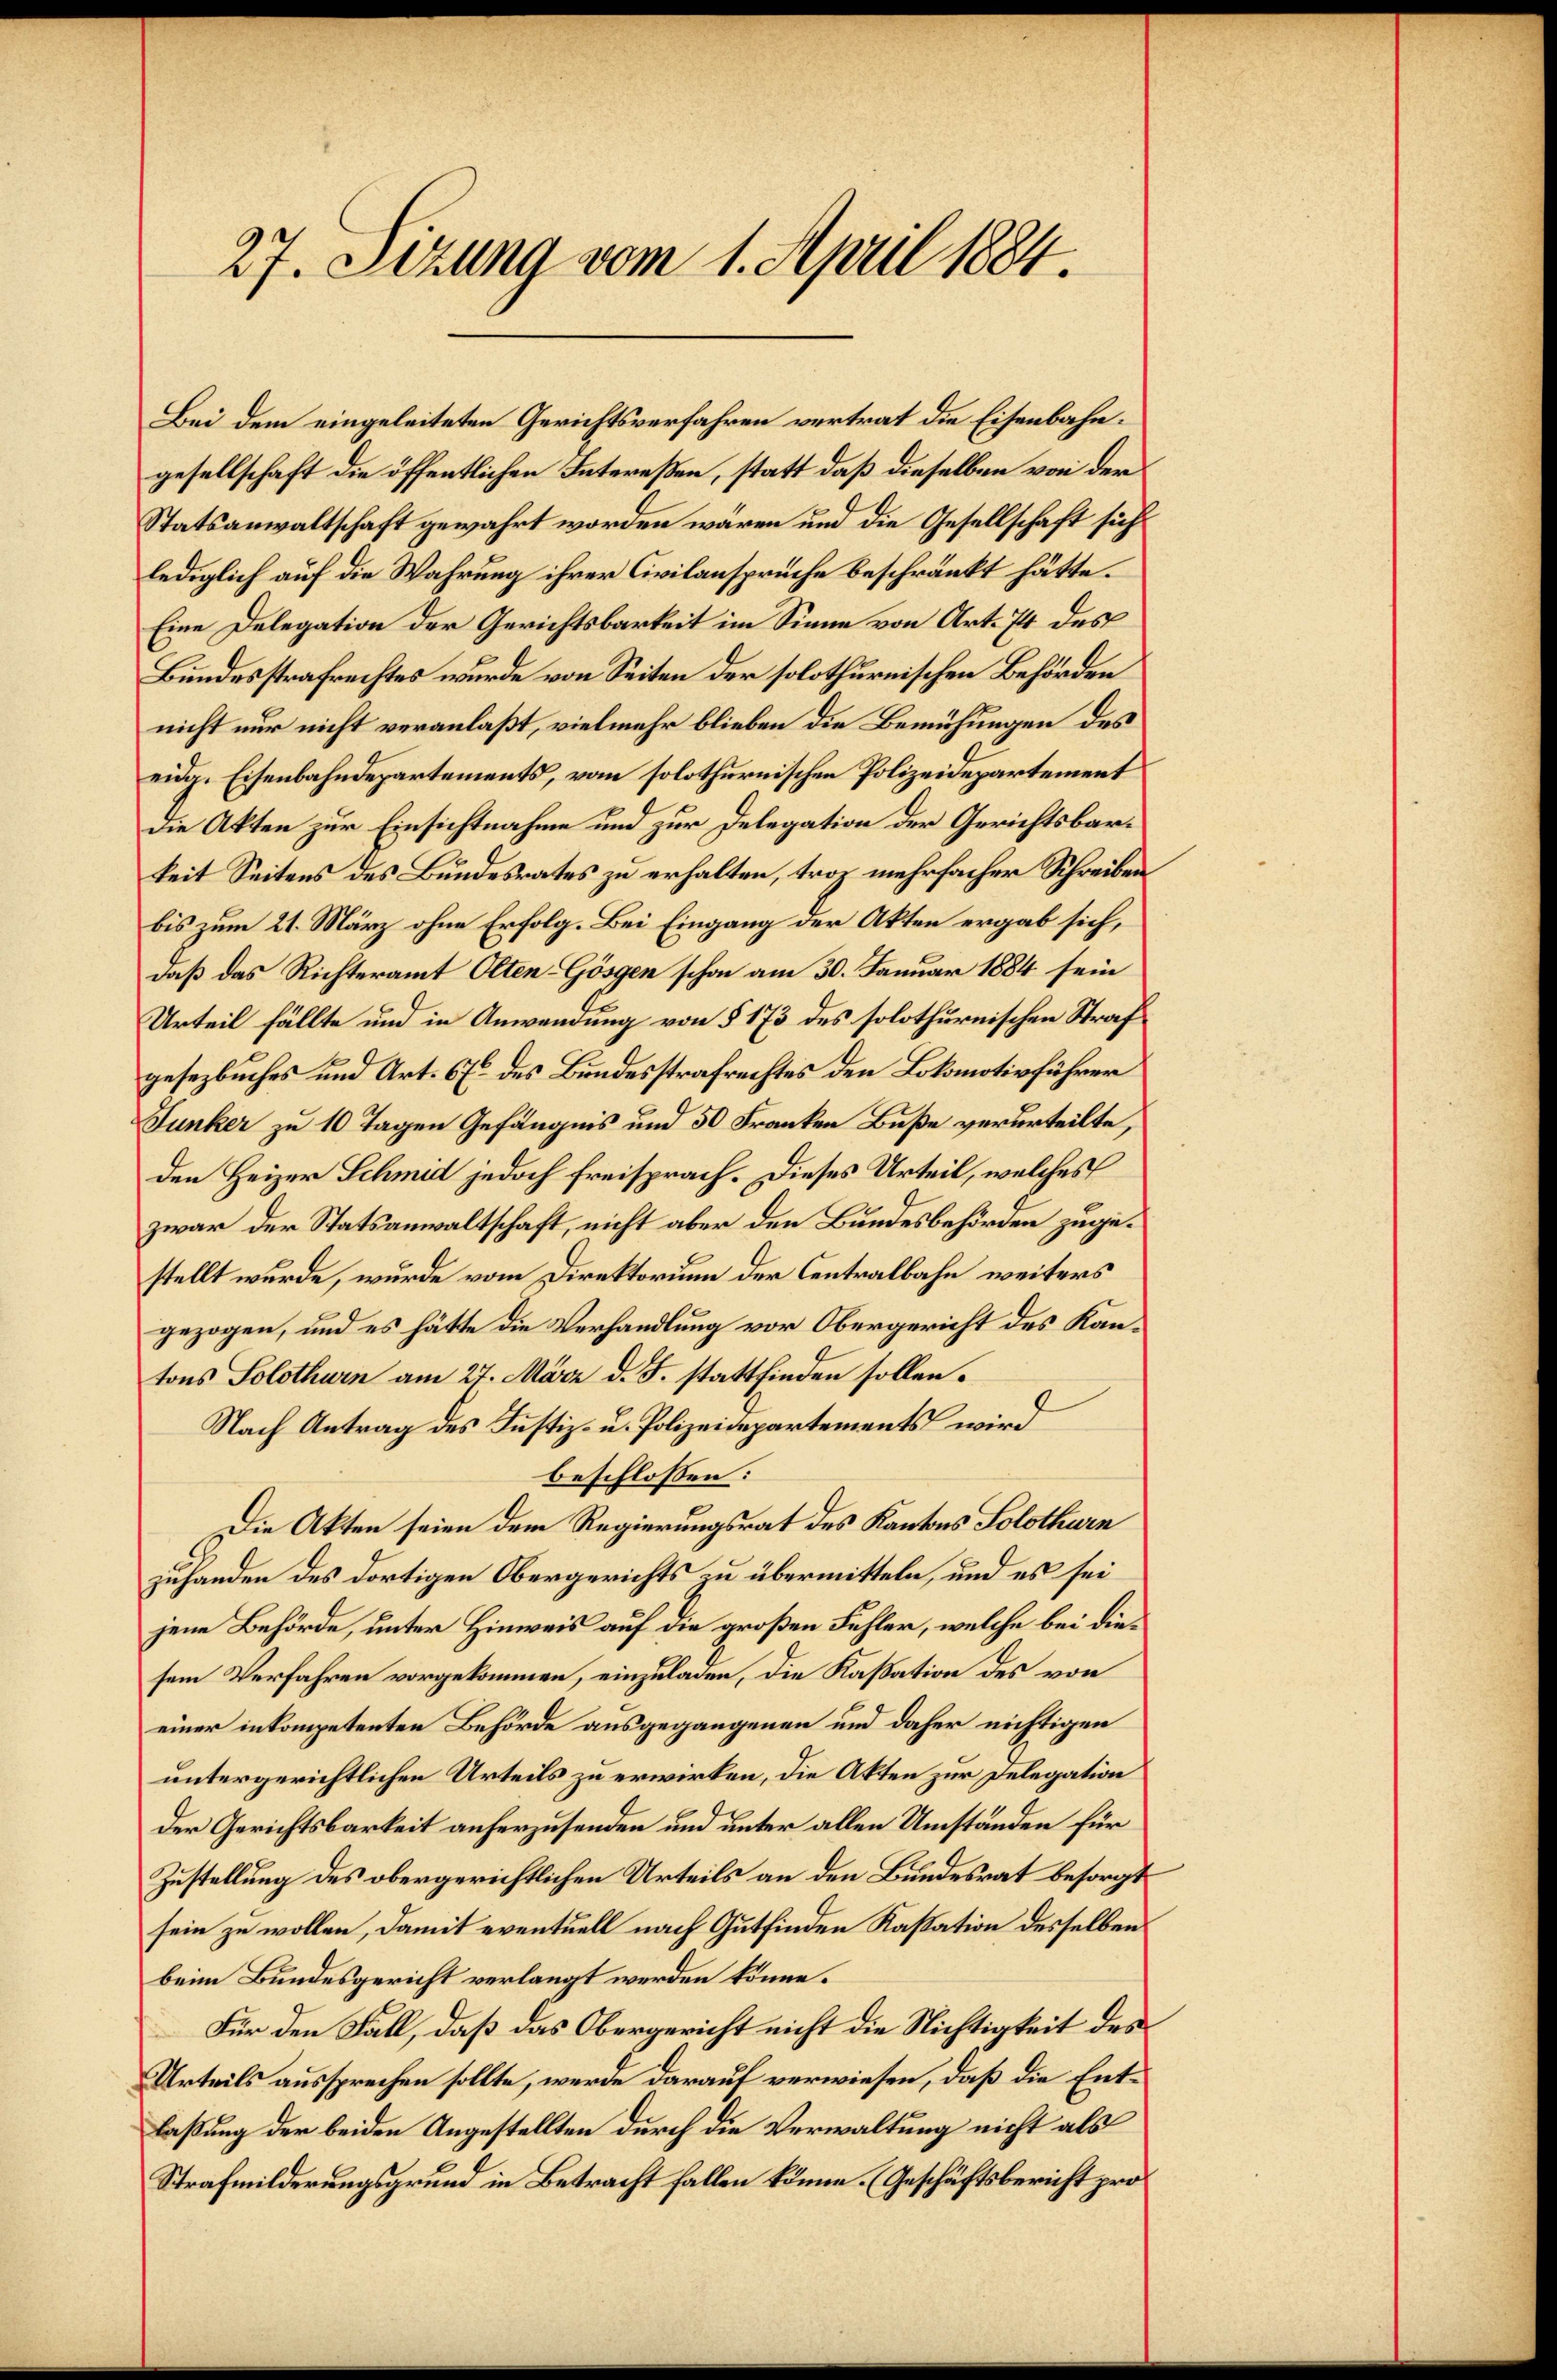
27. Sizung vom 1. April 1884.

Bei dem eingeleiteten Gerichtsverfahren vertrat die Eisenbahn.
gesellschaft die öffentlichen Intereßen, statt daß dieselben von der
Statsanwaltschaft gewahrt worden wären und die Gesellschaft sich
lediglich auf die Wahrung ihrer Civilansprüche beschränkt hätte.
Eine Delegation der Gerichtsbarkeit im Sinne von Art. 74 des
Bundesstrafrechtes wurde von Seiten der solothurnischen Behörden
nicht nur nicht veranlaßt, vielmehr blieben die Bemühungen des
eidg. Eisenbahndepartements, vom solothurnischen Polizeidepartement
Die Akten zur Einsichtnahme und zur Delegation der Gerichtsbarkeit Seitens des Bundesrates zu erhalten, troz mehrfacher Schreibenbis zum 21. März ohne Erfolg. Bei Eingang der Akten ergab sich,
daß das Richteramt Olten-Gösgen schon am 30. Januar 1884 sein
Urteil fällte und in Anwendung von § 173 des solothurnischen Strafgesezbuches und Art. 67 des Bundesstrafrechtes den Lokomotivführer
Junker zu 10 Tagen Gefängnis und 50 Franken Buße verurteilte,
den Heizer Schmid jedoch freisprach. Dieses Urteil, welches
zwar der Statsanwaltschaft, nicht aber den Bundesbehörden zugestellt wurde, wurde vom Direktorium der Centralbahn weiters
gezogen, und es hätte die Verhandlung vor Obergericht des Kantons Solothurn am 27. März d. J. stattfinden sollen.
Nach Antrag des Justiz- u. Polizeidepartements wird
beschlossen:
Die Akten seien dem Regierungsrat des Kantons Solothurn
zuhanden des dortigen Obergerichts zu übermitteln, und es sei
jene Behörde, unter Hinweis auf die großen Fühler, welche bei diesem Verfahren vorgekommen, einzuladen, die Kassation des von
einer inkompetenten Behörde ausgegangenen und daher nichtigen
untergerichtlichen Urteils zu erwirken, die Akten zur Delegation
Der Gerichtsbarkeit anherzusenden und unter allen Umständen für
Zustellung des obergerichtlichen Urteils an den Bundesrat besorgt
sein zu wollen, damit eventuell nach Gutfinden Kassation desselben
beim Bundesgericht verlangt werden könne.
Für den Fall, daß das Obergericht nicht die Nichtigkeit des
Urteils aussprechen sollte, werde darauf verwiesen, daß die Entlaßung der beiden Angestellten durch die Verwaltung nicht als
Strafmilderungsgrund in Betracht fallen könne. (Geschäftsbericht pro¬